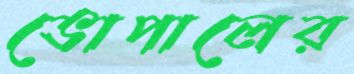
ভোপালের